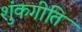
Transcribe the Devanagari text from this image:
शुंकगीति